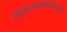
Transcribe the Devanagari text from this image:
दीर्घकालविमलैर्व्यादिप्रदैर्दुष्करैः